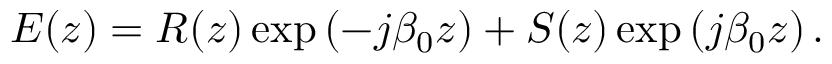
E ( z ) = R ( z ) \exp \left( - j \beta _ { 0 } z \right) + S ( z ) \exp \left( j \beta _ { 0 } z \right) .